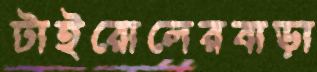
টাইরোলেরবাড়া